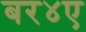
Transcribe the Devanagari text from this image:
बर४ए